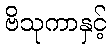
ဗိသုကာနှင့်